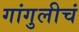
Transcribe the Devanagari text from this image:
गांगुलीचं